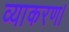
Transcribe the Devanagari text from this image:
व्याकरण।